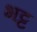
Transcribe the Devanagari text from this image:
भट्ट़